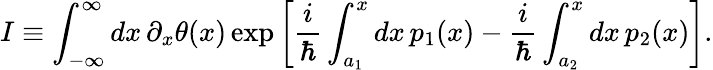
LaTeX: I\equiv\int_{-\infty}^{\infty}dx\, \partial_{x}\theta(x)\exp\left[{\frac{i}{\hbar}}\int_{a_{1}}^{x}dx\, p_{1}(x)-{\frac{i}{\hbar}}\int_{a_{2}}^{x}dx\, p_{2}(x)\right].